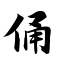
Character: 俑